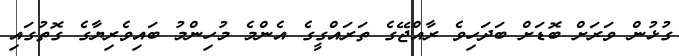
ގުޅުން ވަރަށް ބޮޑަށް ބަދަހިވެ ރާއްޖޭގެ ތަރައްގީގެ އެންމެ މުހިންމު ބައިވެރިޔާގެ ގޮތުގައި